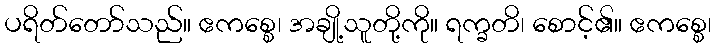
ပရိတ်တော်သည်။ ဧကစ္စေ၊ အချို့သူတို့ကို။ ရက္ခတိ၊ စောင့်၏။ ဧကစ္စေ၊